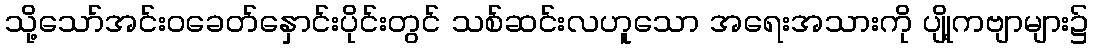
သို့သော်အင်းဝခေတ်နှောင်းပိုင်းတွင် သစ်ဆင်းလဟူသော အရေးအသားကို ပျို့ကဗျာများ၌